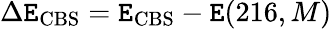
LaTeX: \Delta\mathtt{E}_{\mathrm{{CBS}}}=\mathtt{E}_{\mathrm{{CBS}}}-\mathtt{E}(216,M)